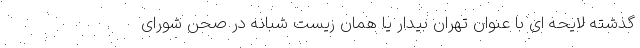
گذشته لایحه ای با عنوان تهران بیدار یا همان زیست شبانه در صحن شورای